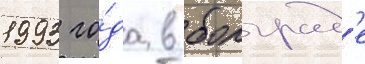
1993 го́да в болград'е